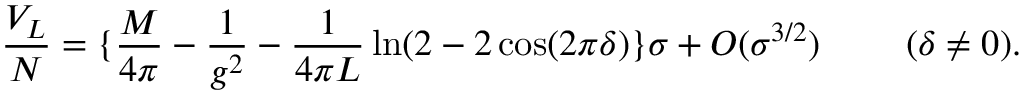
\frac { V _ { L } } { N } = \{ \frac { M } { 4 \pi } - \frac { 1 } { g ^ { 2 } } - \frac { 1 } { 4 \pi L } \ln ( 2 - 2 \cos ( 2 \pi \delta ) \} \sigma + O ( \sigma ^ { 3 / 2 } ) ~ ~ ~ ~ ~ ~ ~ ( \delta \neq 0 ) .